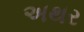
અથર